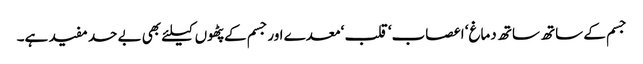
جسم کے ساتھ ساتھ دماغ‘ اعصاب‘ قلب ‘معدے اورجسم کے پٹھوں کیلئے بھی بے حد مفید ہے۔